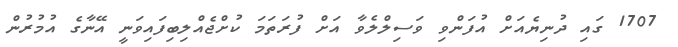
1707 ގައި ދުނިޔެއަށް އުފަންވި ވަސިލްލެވާ އަށް ފުރަތަމަ ކުށްޖެއްލިބިފައިވަނީ އޭނާގެ އުމުރުން